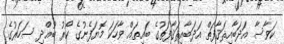
ކަވާސާ އަދަބާއިޘަޤާފަތް އަދަބާއިޘަޤާފަތުގެ ބައިތައް ވާހަކަ މޮޔަފެނުގެ ކޯރު ބުއްދި ސަހަރުގެ